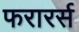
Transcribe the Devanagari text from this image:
फरारर्स